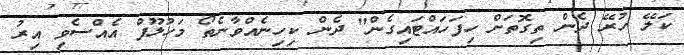
ކަލޭ ހުރޭ ދެން ތިގޮތަށް ހިފަހައްޓައިގެން" ދެން ކިހިނެއްވާނެތޯ މަހުލޫފް އެއްސެވި އިރު